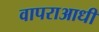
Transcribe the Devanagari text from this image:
वापराआधी